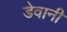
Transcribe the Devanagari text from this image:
डेवानी